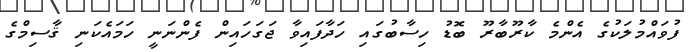
ފުވައްމުލަކުގެ އެންމެ ކާރޫބާރޫ ބޮޑު ހިސާބުގައި ހަދާފައިވާ ޖަގަހައިން ފެންނަނީ ހަމައެކަނި ޤާސިމްގެ